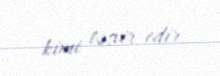
kimi təsvir edir.